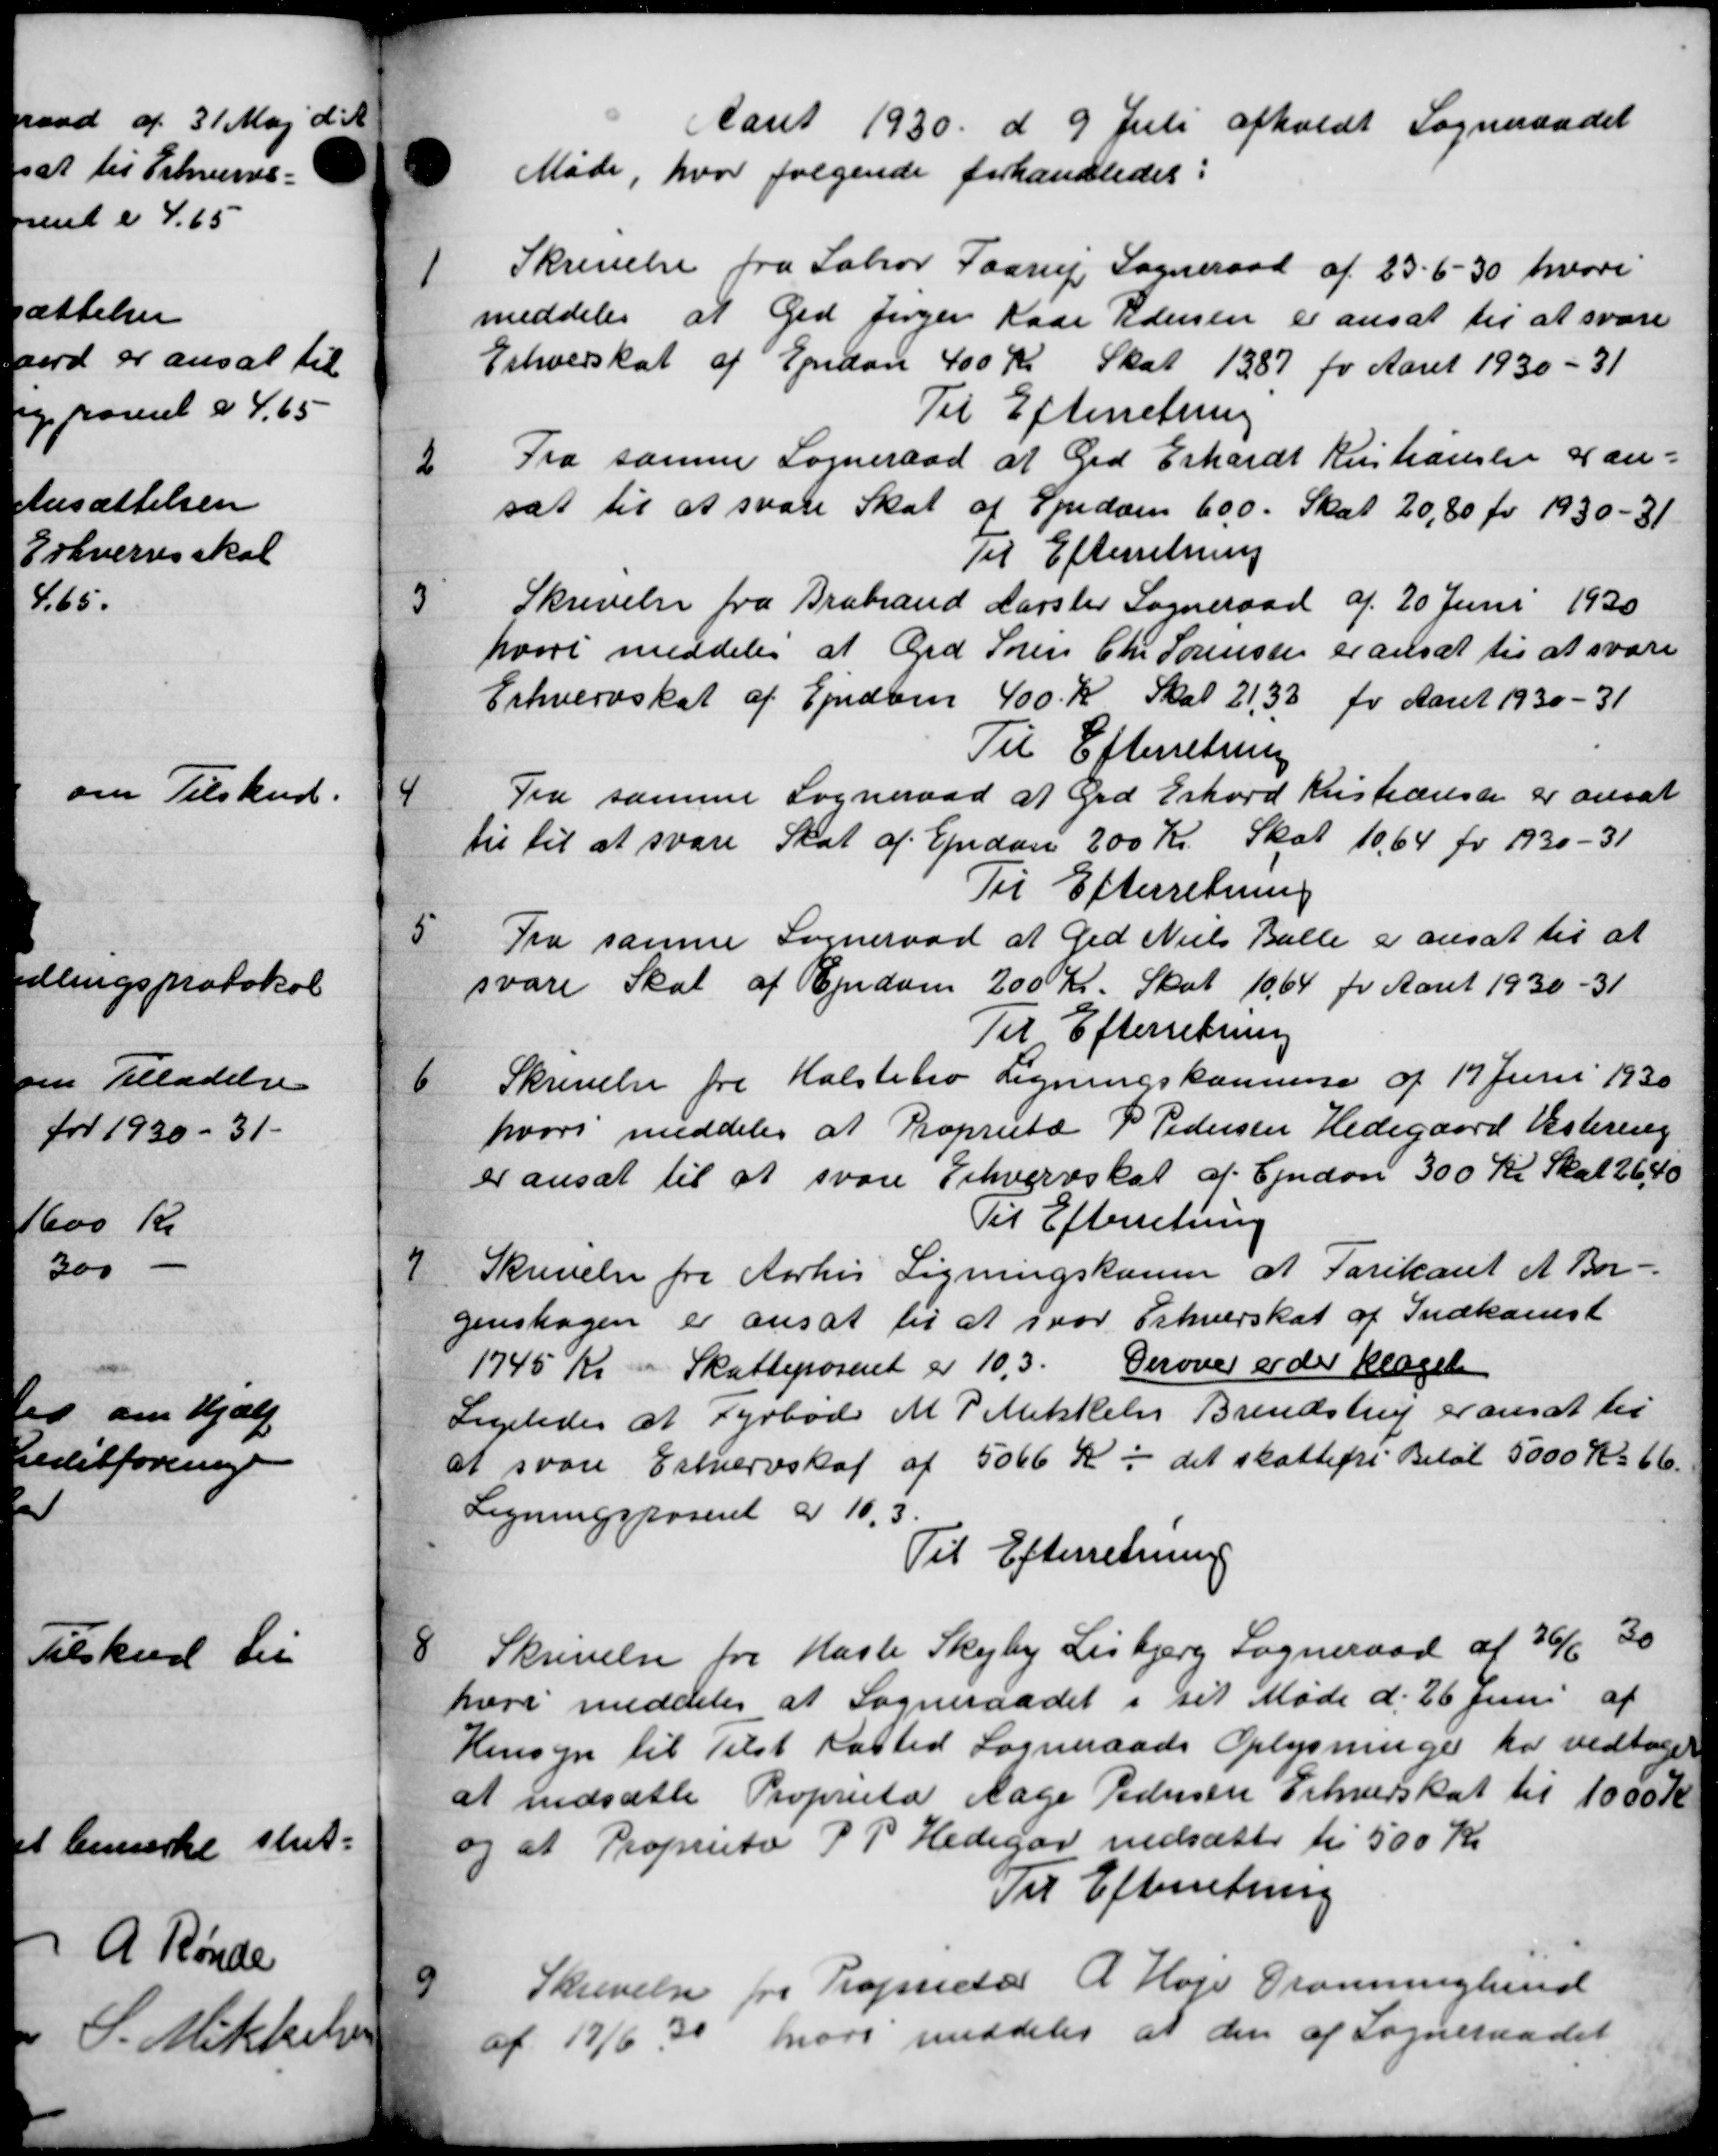
Transskription:
Aaret 1930 d 9 Juli afholdt Sogneraadet
Møde, hvor følgende forhandledes:
1
Skrivelse fra Sabror Faarup Sogneraad af 23-6 -30 hvori
meddeles at Grd Jørgen Kaar Pedersen er ansat til at svare
Erhvervskat af Ejendom 400 Kr Skat 1387 fo Aaret 1930 - 31
Til Efterretning
3
Fra samme Sogneraad at Grd Erhardt Kristiansen 4 an-
sat til at svare Skat af Spidom 600. Skat 20,80 fv. 1930-31
Til Efterretning
3
Skrivelse fra Brabrand Aarslev Sogneraad af 20 Juni 1930
hvori meddeles at Grd Søren Chr Sørensen er ansat til at svare
Erhvervskat af Ejendom 400 Kr Skat 21,33 for Aaret 1930-31
Til Efterretning
4
Fra samme Sogneraad at Grd Erhved Kristiansen er ansat
til til at svare Skat af Ejendom 200 Kr. Skat 10,64 fv 1930-31
Til Efterretning
5
Fra samme Sogneraad at Ged Niels Balle er ansat til at
svare Skat af Ejendom 200 Kr. Skat 1064 pr Aaret 1930-31
Til Efterretning
6
Skrivelse fra Holsteho Ligningskommis af 17 Juni 1930
hvori meddeles at Proprietæ P Pedersen Hedegaard Vestering
er ansat til at svare Erhvervsskat af Ejendom 300 Kr Skat 2640
Til Efterretning
7
Skrivelse fra Aarhus Ligningskonen at Parikant et Bor-
gensdagen er ansat til at svar Erhverskat af Indkomst
1745 Kr. i Skatteporent er 10,3. Derover er der klaget
Ligeledes at Fyrbød M P Mikkelse Brendstrup er ansat til
at svare Erhvervskat af 5066 Kr i det skattefri Beløb 5000 Kr. 66.
Ligningsposeret a 10.5.
Til Efterretning
8
Skrivelse fra Hasle Skejby Lisbjerg Sogneraad af 26/6 30
hvor meddeler at Sogneraadet i sit Møde d. 26 Juni af
Hensyn til Tilst Kasted Sogneraads Oplysninger har vedtoges
at nedsætte Proprietær Aage Pedersen Erhvervskat til 1000 Kr
og at Proprito P. P. Hedegar nedsætte til 500 Kr
Til Efterretning
9
Skrivelse fra Troprietær A. Høje Dronninglund
af 19/6 30 hvori meddeles at den af Sogneraadet